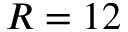
R = 1 2